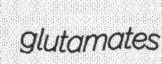
glutamates